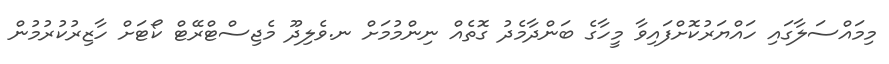
މިމައްސަލާގައި ހައްޔަރުކޮށްފައިވާ މީހާގެ ބަންދާމެދު ގޮތެއް ނިންމުމަށް ނ.ވެލިދޫ މެޖިސްޓްރޭޓް ކޯޓަށް ހާޒިރުކުރުމުން